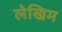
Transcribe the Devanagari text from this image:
लेखिम